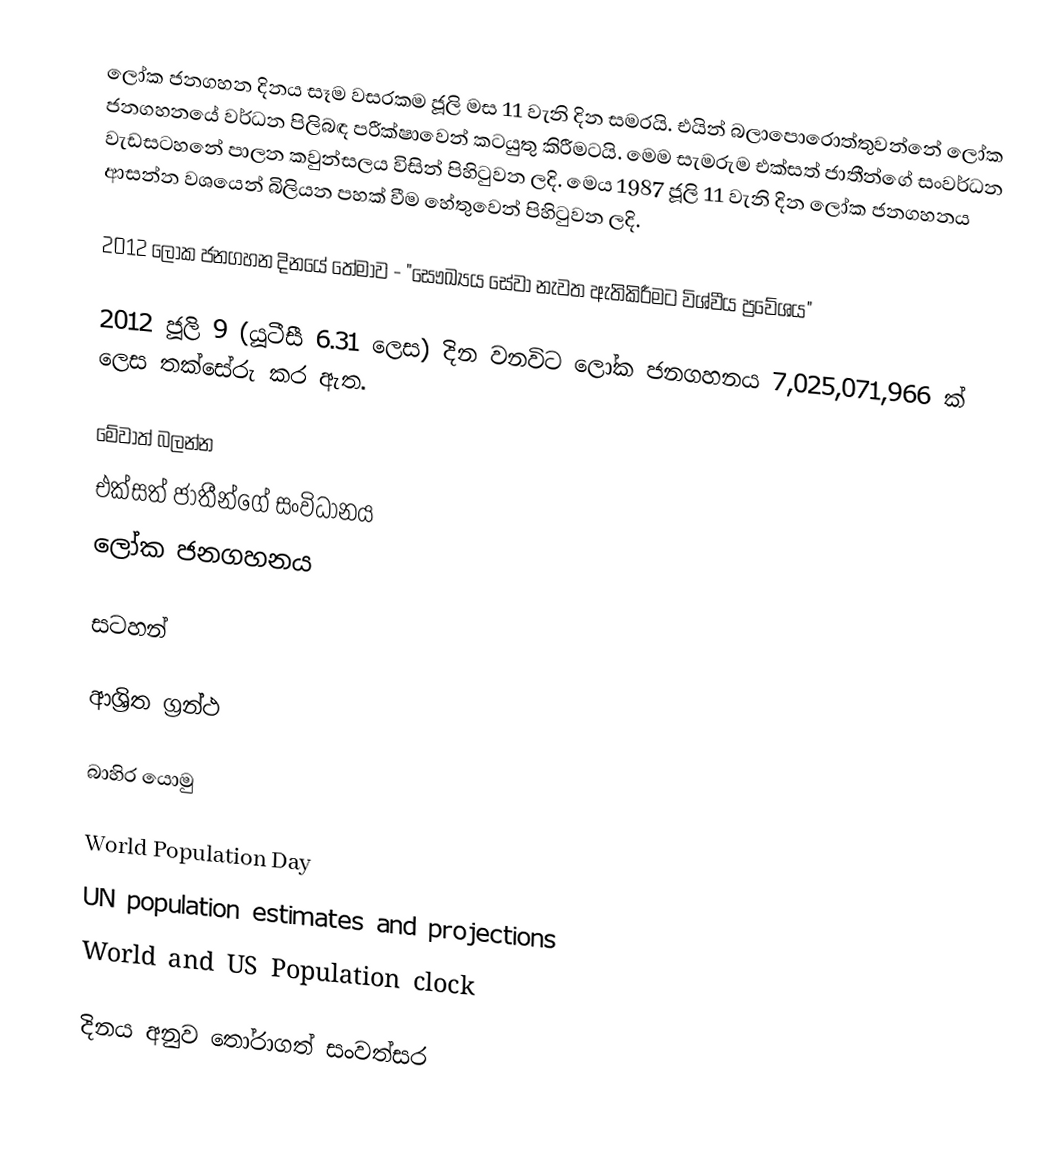
ලෝක ජනගහන දිනය සෑම වසරකම ජූලි මස 11 වැනි දින සමරයි. එයින් බලාපොරොත්තුවන්නේ ලෝක ජනගහනයේ වර්ධන පිලිබඳ පරීක්ෂාවෙන් කටයුතු කිරීමටයි. මෙම සැමරුම එක්සත් ජාතීන්ගේ සංවර්ධන වැඩසටහනේ පාලන කවුන්සලය විසින් පිහිටුවන ලදි. මෙය 1987 ජූලි 11 වැනි දින ලෝක ජනගහනය ආසන්න වශයෙන් බිලියන පහක් වීම හේතුවෙන් පිහිටුවන ලදි.

2012 ලෝක ජනගහන දිනයේ තේමාව - "සෞඛ්‍යය සේවා නැවත ඇතිකිරීමට විශ්වීය ප්‍රවේශය"

2012  ජූලි 9 (යූටීසී 6.31 ලෙස) දින වනවිට ලෝක ජනගහනය 7,025,071,966 ක් ලෙස තක්සේරු කර ඇත.

මේවාත් බලන්න
 එක්සත් ජාතීන්ගේ සංවිධානය
 ලෝක ජනගහනය

සටහන්

ආශ්‍රිත ග්‍රන්ථ

බාහිර යොමු

World Population Day
UN population estimates and projections
World and US Population clock

දිනය අනුව තෝරාගත් සංවත්සර